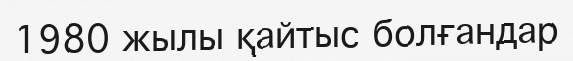
1980 жылы қайтыс болғандар